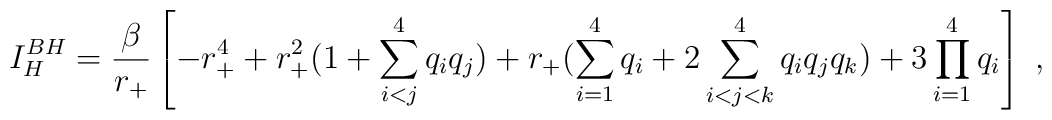
I_H^{BH}={\beta\over{r_+}}\left[-r_+^4 +r_+^2(1+\sum_{i<j}^4q_iq_j)  +r_+(\sum_{i=1}^4q_i+2\sum_{i<j<k}^4q_iq_jq_k)+3\prod_{i=1}^4q_i\right]\ ,